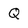
Character: Q